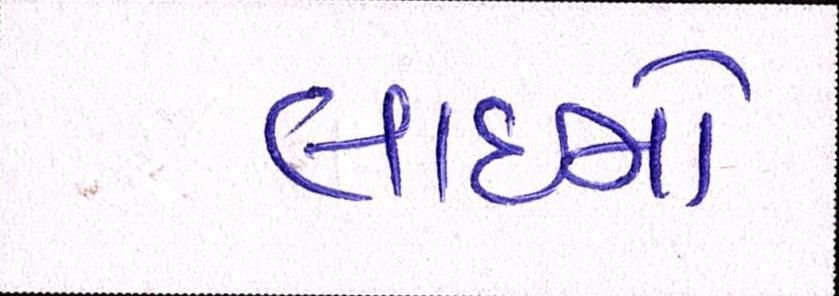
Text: લાઇનો